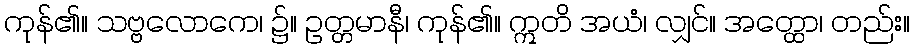
ကုန်၏။ သဗ္ဗလောကေ၊ ၌။ ဥတ္တမာနီ၊ ကုန်၏။ ဣတိ အယံ၊ လျှင်။ အတ္ထော၊ တည်း။